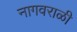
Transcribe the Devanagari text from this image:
नागवराळी